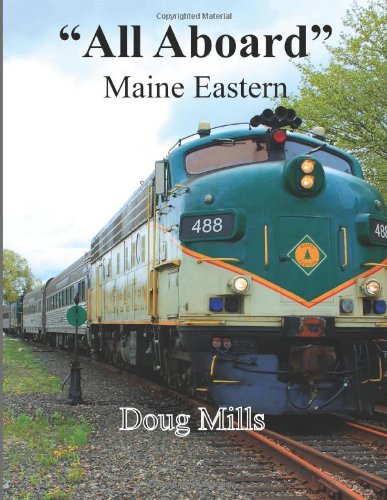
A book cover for "All Aboard" Maine Eastern; Doug Mills; Arts & Photography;